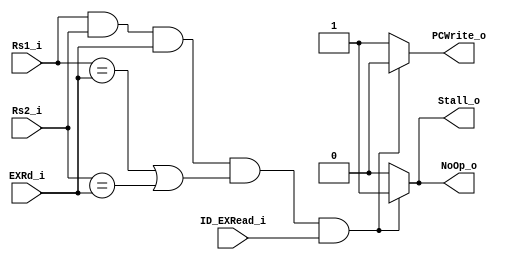
module HAZARD
(
    Rs1_i,
    Rs2_i,
    EXRd_i,
    ID_EXRead_i,
    Stall_o,
    PCWrite_o,
    NoOp_o
);

input   [4:0]   Rs1_i, Rs2_i, EXRd_i;
input           ID_EXRead_i;

output          Stall_o, PCWrite_o, NoOp_o;

assign Stall_o = (Rs1_i && Rs2_i && EXRd_i && (Rs1_i == EXRd_i || Rs2_i == EXRd_i) && ID_EXRead_i == 1'b1 )? 1'b1 : 1'b0;
assign PCWrite_o = (Rs1_i && Rs2_i  && EXRd_i && (Rs1_i == EXRd_i || Rs2_i == EXRd_i) && ID_EXRead_i == 1'b1 )? 1'b0 : 1'b1;
assign NoOp_o = (Rs1_i && Rs2_i && EXRd_i &&(Rs1_i == EXRd_i || Rs2_i == EXRd_i) && ID_EXRead_i == 1'b1 )? 1'b1 : 1'b0;

endmodule